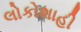
લોકોશાહી